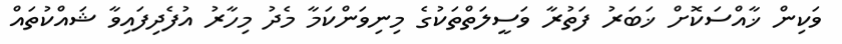
ވަކިން ޚާއްސަކޮށް ޚަބަރު ފަތުރާ ވަސީލަތްތަކުގެ މިނިވަންކަމާ މެދު މިހާރު އުފެދިފައިވާ ޝައްކުތައް